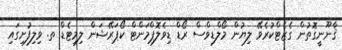
ޤާނޫނީގޮތުން ގެޒެޓްކުރެވޭ ލިޔުން މޯލްޑިވްސް ރޯޑް ޑިވެލޮޕްމަންޓް ކޯޕަރޭޝަން ލިމިޓެޑް ތ. ވިލިފުށިގައި